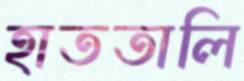
হাততালি